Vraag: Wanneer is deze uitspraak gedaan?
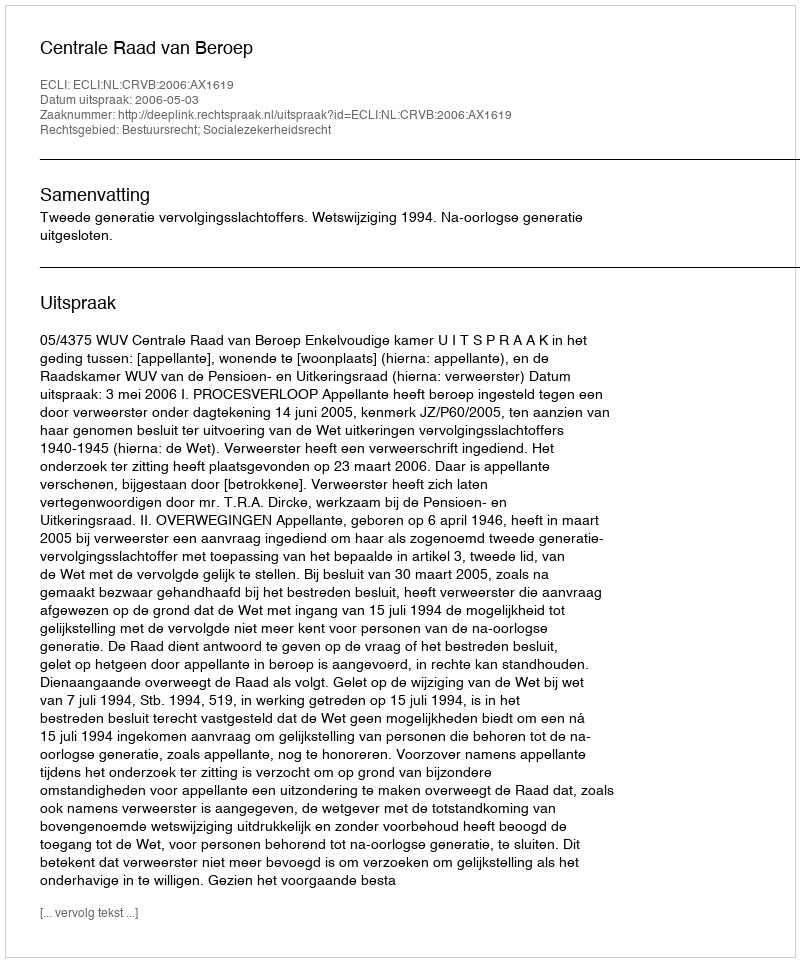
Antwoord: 2006-05-03